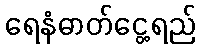
ရေနံဓာတ်ငွေ့ရည်